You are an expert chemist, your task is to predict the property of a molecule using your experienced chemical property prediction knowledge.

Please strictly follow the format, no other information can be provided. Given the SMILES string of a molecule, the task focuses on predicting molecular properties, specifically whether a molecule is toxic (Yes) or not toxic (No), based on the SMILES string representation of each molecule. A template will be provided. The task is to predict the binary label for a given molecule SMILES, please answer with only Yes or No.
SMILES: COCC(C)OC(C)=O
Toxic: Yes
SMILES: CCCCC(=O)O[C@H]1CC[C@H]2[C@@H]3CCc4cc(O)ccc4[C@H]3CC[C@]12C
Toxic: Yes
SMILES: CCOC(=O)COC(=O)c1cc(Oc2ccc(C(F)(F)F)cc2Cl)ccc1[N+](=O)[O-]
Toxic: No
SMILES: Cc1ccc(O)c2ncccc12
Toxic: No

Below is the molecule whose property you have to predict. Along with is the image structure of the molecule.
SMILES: COP(=S)(NC(C)C)Oc1ccc(C)cc1[N+](=O)[O-]
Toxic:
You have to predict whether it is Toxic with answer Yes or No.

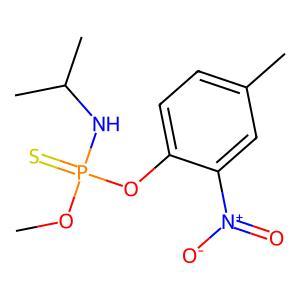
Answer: No